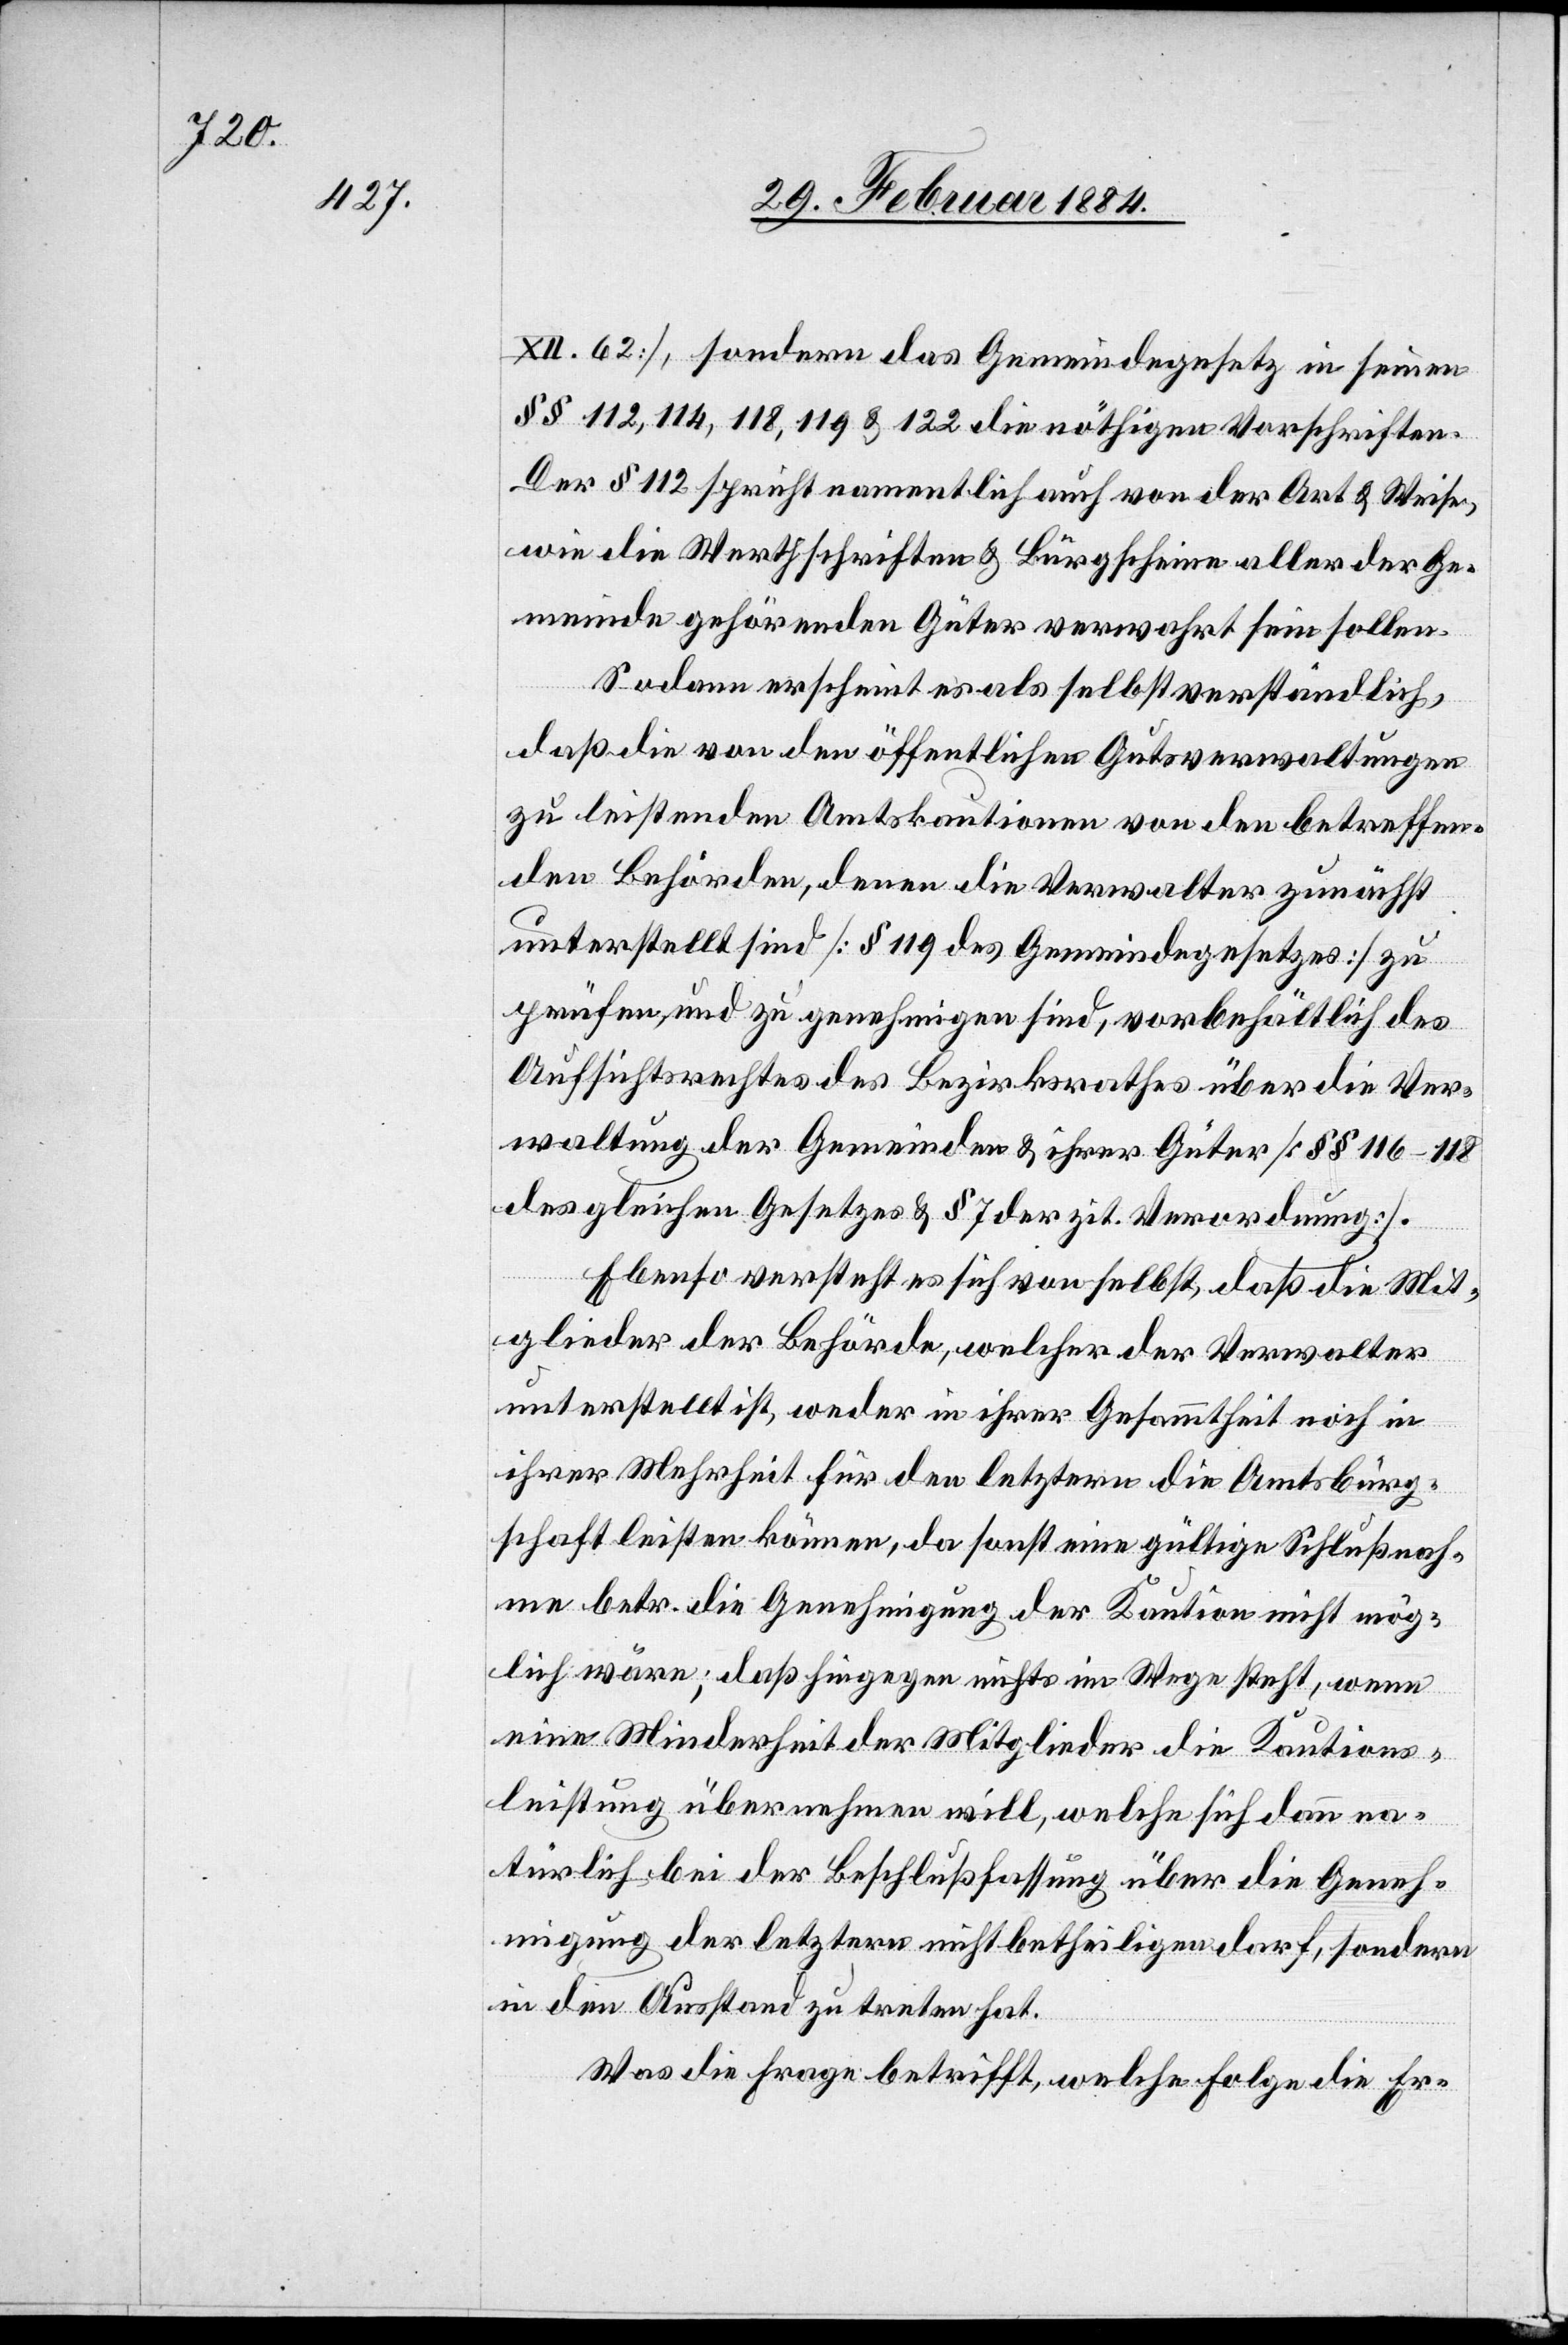
XII. 62], sondern das Gemeindegesetz in seinen
§§ 112, 114, 118, 119 & 122 die nöthigen Vorschriften.
Der § 112 spricht namentlich auch von der Art & Weise,
wie die Werthschriften & Bürgscheine aller der Ge¬
meinde gehörenden Güter verwahrt sein sollen.
Sodann erscheint es als selbstverständlich,
daß die von den öffentlichen Gesetzesverwaltungen
zu leistenden Amtskautionen von den betreffen¬
den Behörden, deren die Verwalter zunächst
unterstellt sind [§ 119 des Gemeindegesetzes] zu
prüfen, und zu genehmigen sind, vorbehältlich des
Aufsichtsrechtes des Bezirksrathes über die Ver¬
waltung der Gemeinden & ihrer Güter [§§ 116–118]
des gleichen Gesetzes & § 7 der zit. Verordnung.
Ebenso versteht es sich von selbst, daß die Mit¬
glieder der Behörde, welcher der Verwalter
unterstellt ist, weder in ihrer Gesammtheit noch in
ihrer Mehrheit für den letztern die Amtsbürg¬
schaft leisten können, da sonst eine gültige Schlußnah¬
me betr. die Genehmigung der Kaution nicht mög¬
lich wäre; daß hingegen nichts im Wege steht, wenn
eine Minderheit der Mitglieder die Kautions¬
leistung übernehmen will, welche sich dann na¬
türlich bei der Beschlußfassung über die Geneh¬
migung der letztern nicht betheiligen darf, sondern
in den Ausstand zu treten hat.
Was die Frage betrifft, welche Folge die Er-